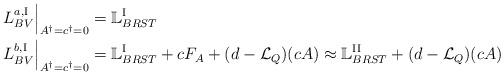
LaTeX: \begin{align*}L_{BV}^{a,\mathrm{I}}\Big\vert_{A^\dag = c^\dag =0} &= \mathbb{L}_{BRST}^{\mathrm{I}}\\L_{BV}^{b,\mathrm{I}}\Big\vert_{A^\dag = c^\dag =0} &= \mathbb{L}_{BRST}^{\mathrm{I}} + cF_A + (d-\mathcal{L}_Q)(cA) \approx \mathbb{L}_{BRST}^{\mathrm{II}} + (d-\mathcal{L}_Q)(cA)\end{align*}